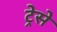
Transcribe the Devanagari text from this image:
ट्रेसे